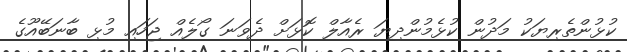
ކުޅުންތެރިޔަކު މަދުން ކުޅެމުންދިޔަ ރެއާލް ކޮޅަށް ދެވަނަ ގޯލެއް ޖަހައި މުޅި ބާނަބޭއޫގެ